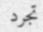
تجرد